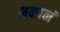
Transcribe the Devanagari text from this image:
मनानं